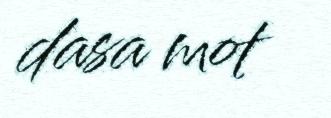
dasa mot